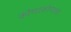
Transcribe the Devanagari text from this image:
कोणाकोणाला